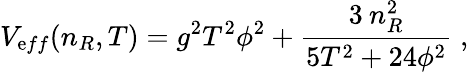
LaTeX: V_{\mathrm{e}ff}(n_{R},T)=g^{2}T^{2}\phi^{2}+{\frac{{3\: n_{R}^{2}}}{{5T^{2}+24\phi^{2}}}}\; ,